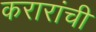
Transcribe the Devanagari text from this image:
करारांची